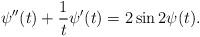
LaTeX: \begin{align*} \psi''(t)+\frac{1}{t}\psi'(t)=2\sin2\psi(t).\end{align*}